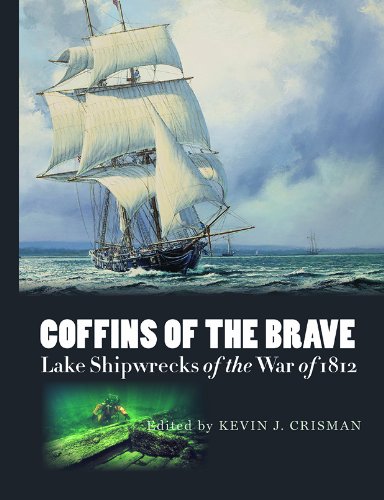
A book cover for Coffins of the Brave: Lake Shipwrecks of the War of 1812 (Ed Rachal Foundation Nautical Archaeology Series); History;